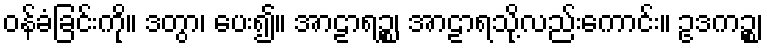
ဝန်ခံခြင်းကို။ ဒတွာ၊ ပေး၍။ အာဠာရဉ္စ၊ အာဠာရသို့လည်းကောင်း။ ဥဒကဉ္စ၊